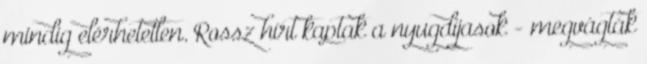
mindig elérhetetlen. Rossz hírt kaptak a nyugdíjasok - megvágták